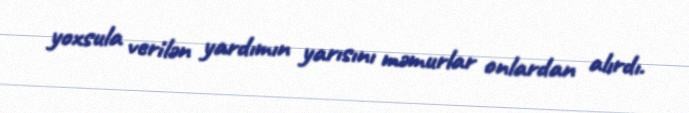
yoxsula verilən yardımın yarısını məmurlar onlardan alırdı.